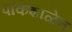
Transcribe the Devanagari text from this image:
पाकशाळेत